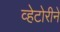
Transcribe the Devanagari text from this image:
व्हेटोरीने